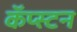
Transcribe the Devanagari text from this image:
कॅप्स्टन